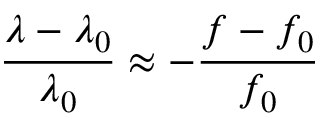
{ \frac { \lambda - \lambda _ { 0 } } { \lambda _ { 0 } } } \approx - { \frac { f - f _ { 0 } } { f _ { 0 } } }